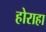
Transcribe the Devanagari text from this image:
होराहा